Medical and sanitary report on the native army of Bombay for the year
Year: 1879
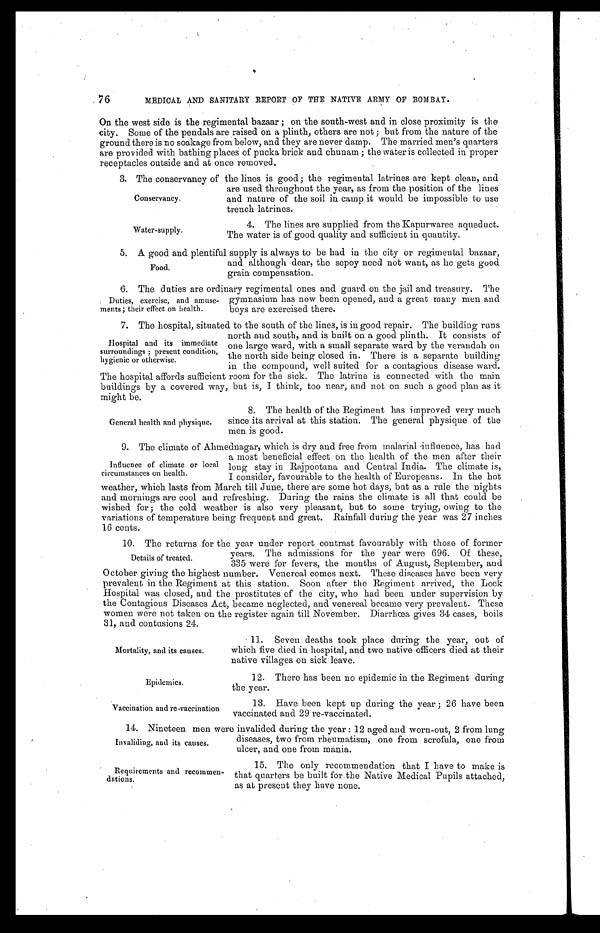
76 MEDICAL AND SANITARY REPORT OF THE NATIVE ARMY OF BOMBAY.
On the west side is the regimental bazaar; on the south-west and in close proximity is the
city. Some of the pendals are raised on a . plinth, others are not; but from the nature of the
ground there is no soakage from below, and they are never damp. The married men's quarters
are provided with bathing places of pucka brick 'and chunam; the water is collected in proper
receptacles outside and at once removed.
3. The conservancy of the lines is good; the regimental latrines are kept clean, and
are used throughout the year, as from the position of the lines
Conservancy.and nature of the soil in camp it would be impossible to use
trench latrines.
4. The lines are supplied from the Kapurwaree aqueduct.
The water is of good quality and sufficient in quantity.
5. A good and plentiful supply is always to be had in the city or regimental bazaar,
and although dear, the sepoy need not want, as he gets good
Food.
grain compensation.
6. The duties are ordinary regimental ones and guard on the jail and treasury. The
. Duties, exercise, and amuse- gymnasium has now been opened, and a great many men and
ments; their effect on health.boys are exercised there.
7. The hospital, situated to the south of the lines, is in good repair. The building runs
north and south, and is built on a good plinth. It consists of
Hospital and its immediate one large ward, with a small separate ward by the verandah on
surroundings; present condition,
or otherwise.
the north side being closed in. T
hygienic here is a separate building
in the compound, well suited for a contagious disease ward.
The hospital affords sufficient room for the sick. The latrine is connected with the main
buildings by a covered way, but is, I think, too near, and not on such a good plan as it
might be.
8. The health of the Regiment has improved very much
General health and physique.since its arrival at this station. The general physique of the
men is good.
9. The climate of Ahmednagar, which is dry and free from malarial influence, has had
a most beneficial effect on the health of the men after their
Influence of climate or local long stay in Rajpootana and Central India. The climate is,
circumstances on health.
I consider, favourable to the health of Europeans. In the hot
weather, which lasts from March till June, there are some hot days, but as a rule the nights
and mornings are cool and refreshing. During the rains the climate is all that could be
wished for ; the cold weather is also very pleasant, but to some trying, owing to the
variations of temperature being frequent and great. Rainfall during the year was 27 inches
16 cents.
10.The returns for the year under report contrast favourably with those of former
years. The admissions for the year were 696. Of these,
Details of treated.
335 were for fevers, the months of August, September, and
October giving the highest number. Venereal comes next. These diseases have been very
prevalent in the Regiment at this station. Soon after the Regiment arrived, the Lock
Hospital was closed, and the prostitutes of the city, who had been under supervision by
the Contagious Diseases Act, became neglected, and venereal became very prevalent. These
women were not taken on the register again till November. Diarrhoea gives 34 cases, boils
31, and contusions 24.
11. Seven deaths took place during the year, out of
Mortality, and its causes.which five died in hospital, and two native officers died at their
native villages on sick leave.
12.There has been no epidemic in the Regiment during
the year.
13.Have been kept up during the year; 26 have been
vaccinated and 29 re-vaccinated.
14.Nineteen men were invalided during the year: 12 aged and worn-out, 2 from lung
diseases, two from rheumatism, one from scrofula, one from
Invaliding, and its causes.
ulcer, and one from mania.
15.The only recommendation that I have to make is
that quarters be built for.the Native Medical Pupils attached,
as at present they have none.
Water-supply.
Epidemics.
Vaccination and re vaccination
Requirements and recommen
-dations.